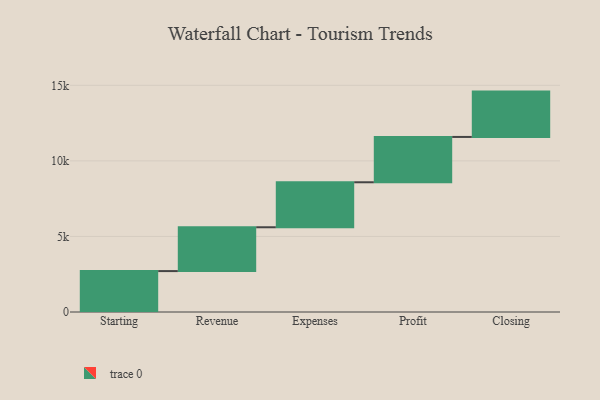
{"axis": {"x": "Step", "y": "Value"}, "legend": [""], "data": [{"x": "Starting", "y": 2707.0, "type": ""}, {"x": "Revenue", "y": 2900.0, "type": ""}, {"x": "Expenses", "y": 2977.0, "type": ""}, {"x": "Profit", "y": 3000, "type": ""}, {"x": "Closing", "y": 3000, "type": ""}]}